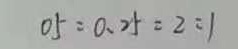
0 . 5 : 0 . 2 5 = 2 : 1